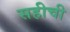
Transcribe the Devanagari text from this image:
सहीची